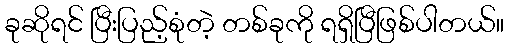
ခုဆိုရင် ပြီးပြည့်စုံတဲ့ တစ်ခုကို ရရှိပြီဖြစ်ပါတယ်။